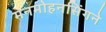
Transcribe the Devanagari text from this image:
मनमोहनसिंगने